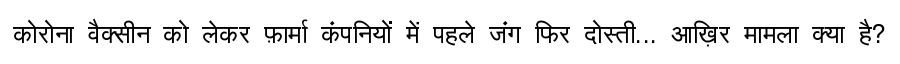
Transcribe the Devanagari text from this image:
कोरोना वैक्सीन को लेकर फ़ार्मा कंपनियों में पहले जंग फिर दोस्ती... आख़िर मामला क्या है?